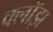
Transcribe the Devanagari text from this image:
क्लॉझ